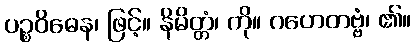
ပဉ္စဝိဓေန၊ ဖြင့်။ နိမိတ္တံ၊ ကို။ ဂဟေတဗ္ဗံ၊ ၏။